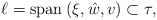
\begin{align*} \ell = \operatorname{span} \: (\xi, \hat{w}, v) \subset \tau,\end{align*}